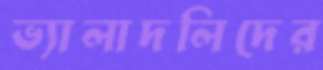
ভ্যালাদলিদের